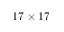
1 7 \times 1 7